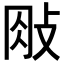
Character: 𢼱